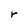
Character: r